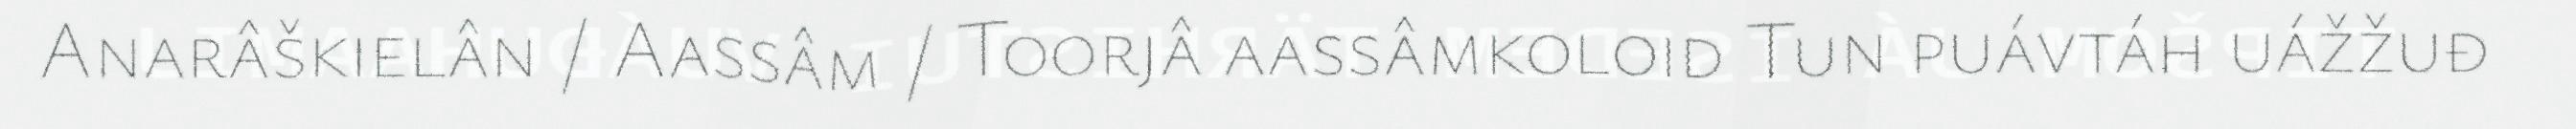
Anarâškielân / Aassâm / Toorjâ aassâmkoloid Tun puávtáh uážžuđ